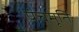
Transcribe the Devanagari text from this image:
पंचमूर्ति